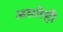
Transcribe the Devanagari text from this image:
असतेही